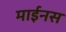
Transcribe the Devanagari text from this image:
माईनस